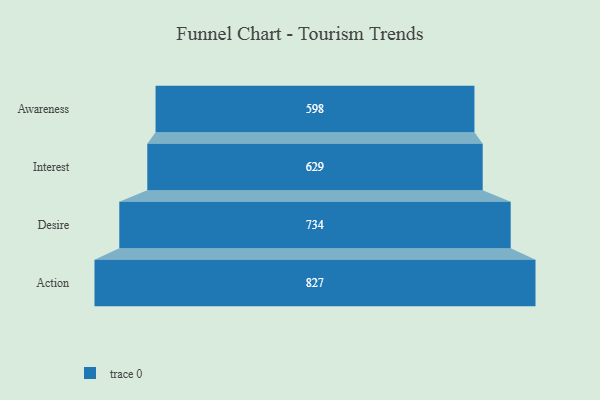
{"axis": {"x": "Stage", "y": "Value"}, "legend": [""], "data": [{"x": "Awareness", "y": 598.0, "type": ""}, {"x": "Interest", "y": 629.0, "type": ""}, {"x": "Desire", "y": 734.0, "type": ""}, {"x": "Action", "y": 827.0, "type": ""}]}